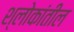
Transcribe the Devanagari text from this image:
श्लोकांतील